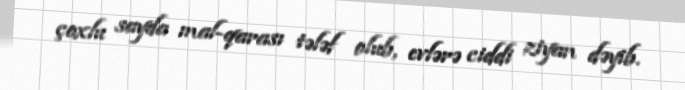
çoxlu sayda mal-qarası tələf olub, evlərə ciddi ziyan dəyib.